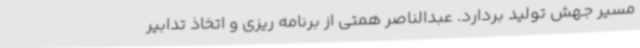
مسیر جهش تولید بردارد. عبدالناصر همتی از برنامه ریزی و اتخاذ تدابیر